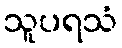
သူပရသံ